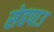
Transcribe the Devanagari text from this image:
सेहपाउ